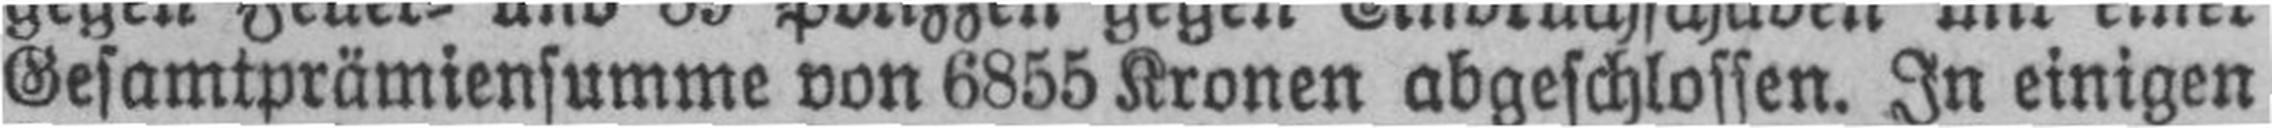
Gesamtprämiensumme von 6855 Kronen abgeschlossen. In einigen